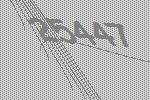
25447